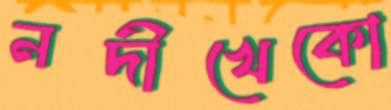
নদীখেকো